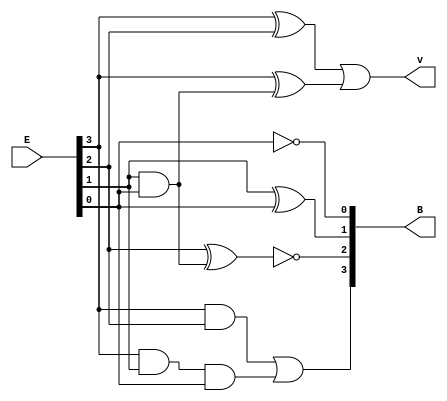
module Lab2_converter_4bit_gatelevel (input [3:0] E, output [3:0] B, output v);
    wire e3e2, e3e1, e3e1e0;
    and a1(e3e2, E[3], E[2]), a2(e3e1, E[3], E[1]), a3(e3e1e0, e3e1, E[0]);
    or b3(B[3], e3e2, e3e1e0);

    wire e1e0;
    and a4(e1e0, E[1], E[0]);
    xnor b2(B[2], E[2], e1e0);

    xor b1(B[1], E[1], E[0]);

    not b0(B[0], E[0]);

    wire w1, w2;
    xor v1(w1, E[3], E[2]), v2(w2, E[3], e1e0);
    or v_gate(v, w1, w2);

endmodule